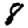
Digit: 8